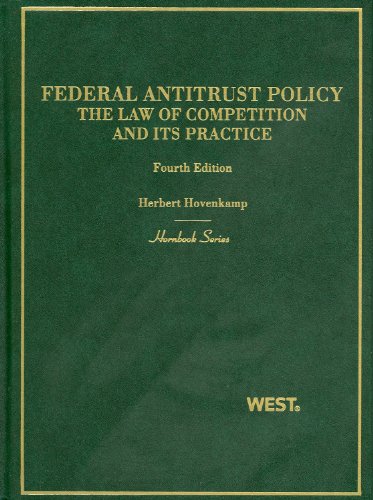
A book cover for Federal Antitrust Policy, The Law of Competition and Its Practice (Hornbook); Herbert Hovenkamp; Law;